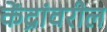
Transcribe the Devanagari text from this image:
केंद्रांवरील